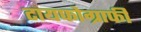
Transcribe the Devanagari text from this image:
टायफोग्राफी